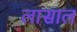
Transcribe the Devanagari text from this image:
लासाल